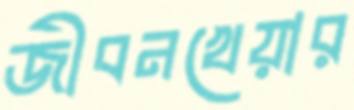
জীবনখেয়ার